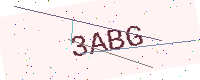
Text: 3ABG